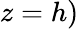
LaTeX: z=h)